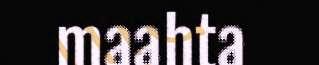
maahta